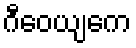
ဂီဝေယျကေ